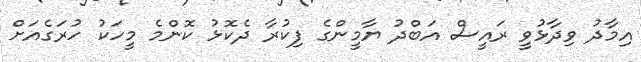
އިމާދު ވިދާޅުވީ ރައީސް އަބްދު ޔާމީންގެ ފިކުރާ ދެކޮޅު ކޮންމެ މީހަކު ހުރަގެއަަށް